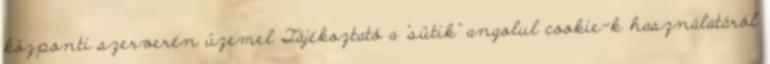
központi szerverén üzemel Tájékoztató a "sütik" angolul cookie-k használatáról